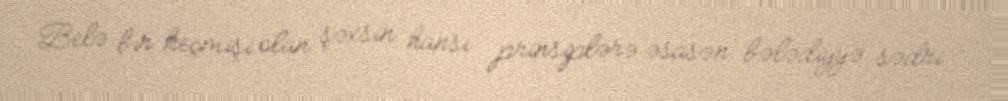
Belə bir keçmişi olan şəxsin hansı prinsiplərə əsasən bələdiyyə sədri